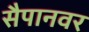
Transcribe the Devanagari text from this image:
सैपानवर